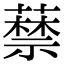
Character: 𦽔